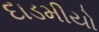
દાડમીયો